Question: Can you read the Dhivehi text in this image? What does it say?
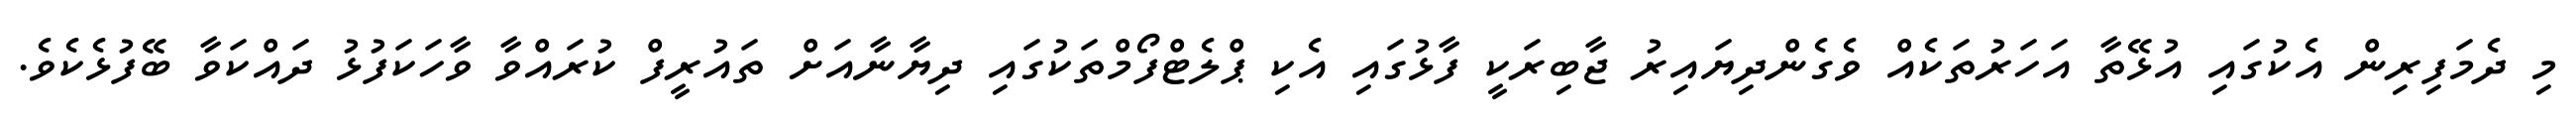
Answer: މި ދެމަފިރިން އެކުގައި އުޅޭތާ އަހަރުތަކެއް ވެގެންދިޔައިރު ޖާބިރަކީ ފާޅުގައި އެކި ޕްލެޓްފޯމްތަކުގައި ދިޔާނާއަށް ތައުރީފް ކުރައްވާ ވާހަކަފުޅު ދައްކަވާ ބޭފުޅެކެވެ.